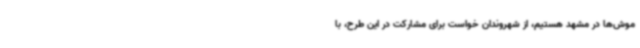
موش‌ها در مشهد هستیم، از شهروندان خواست برای مشارکت در این طرح، با